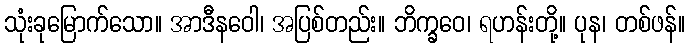
သုံးခုမြောက်သော။ အာဒီနဝေါ၊ အပြစ်တည်း။ ဘိက္ခဝေ၊ ရဟန်းတို့။ ပုန၊ တစ်ဖန်။